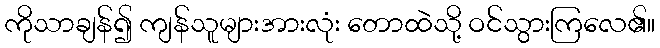
ကိုသာချန်၍ ကျန်သူများအားလုံး တောထဲသို့ ဝင်သွားကြလေ၏။